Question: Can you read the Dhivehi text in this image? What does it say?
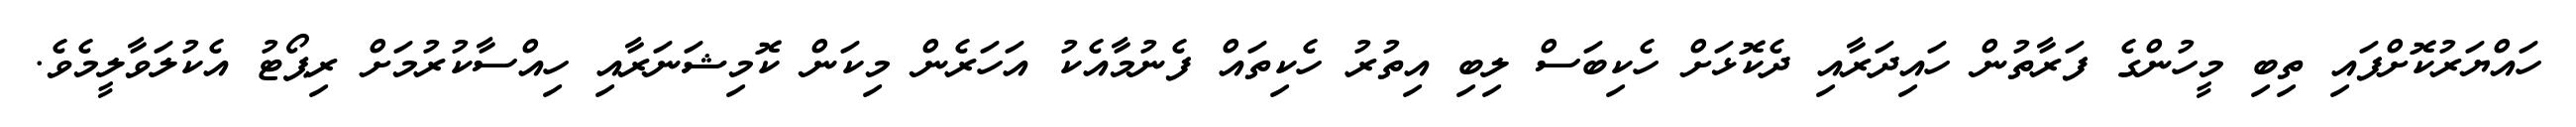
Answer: ހައްޔަރުކޮށްފައި ތިބި މީހުންގެ ފަރާތުން ހައިދަރާއި ދެކޮޅަށް ހެކިބަސް ލިބި އިތުރު ހެކިތައް ފެނުމާއެކު އަހަރެން މިކަން ކޮމިޝަނަރާއި ހިއްސާކުރުމަށް ރިޕޯޓު އެކުލަވާލީމެވެ.